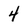
Character: 4